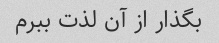
بگذار از آن لذت ببرم